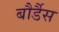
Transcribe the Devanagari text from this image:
बौर्डैस